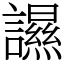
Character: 䜙